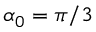
\alpha _ { 0 } = \pi / 3